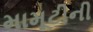
મામૂટીની